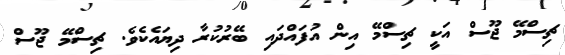
ޗިސްމޭ ޖޫސް އަކީ ޗިސްމޭ އިން އުފައްދައި ބޭރުކުރާ ދިޔައެކެވެ. ޗިސްމޭ ޖޫސް